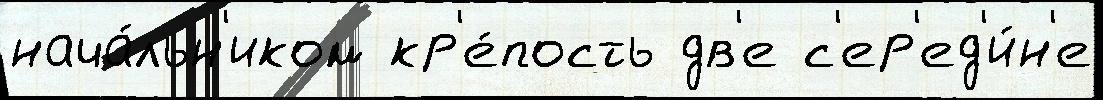
нача́льн'иком кр'е́пость дв'е с'ер'ед'и́н'е